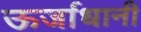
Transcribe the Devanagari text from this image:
ऊर्जाधानी